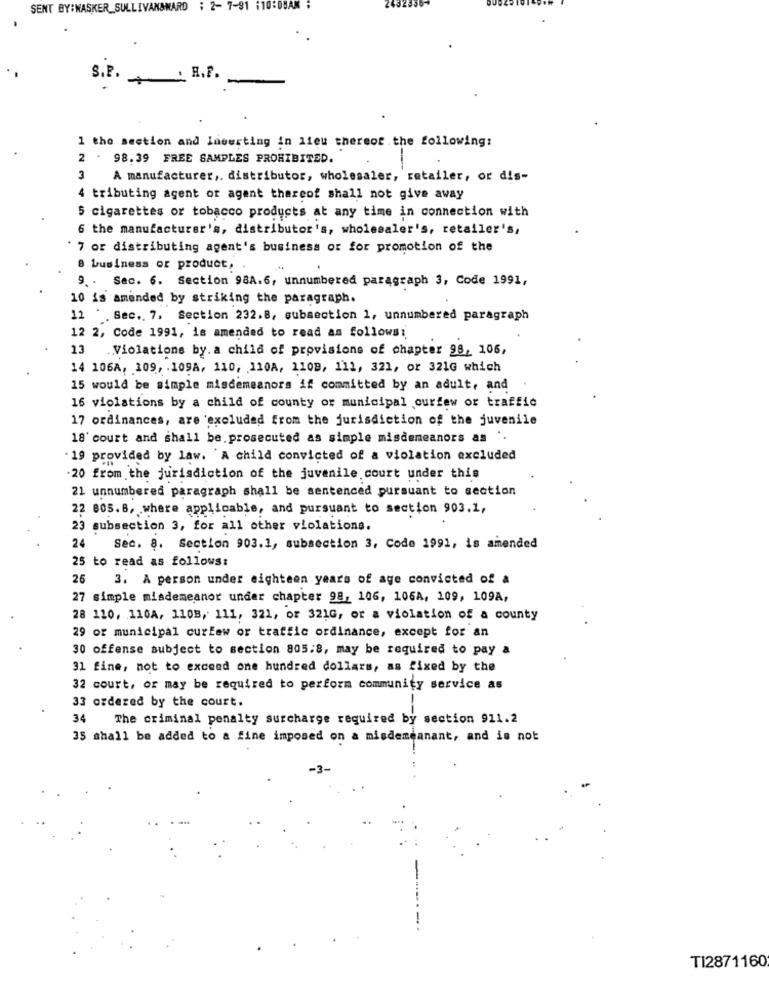
SENT BY:WASKER_SULLIVAN&MARD ; 2- 7-91 110:DBAM ;
S.P. H.P.
1 the section and lowerting in lieu thereof the following:
2 . 98.39 FREE SAMPLES PROHIBITED.
3
A manufacturer ,. distributor, wholesaler, retailer, or dis-
4 tributing agent or agent thereof shall not give away
5 cigarettes or tobacco products at any time in connection with
6 the manufacturer's, distributor's, wholesaler's, retailer's,
` 7 or distributing agent's business or for promotion of the
8 business or product,
9. . Sac. 6. Section 98A.6, unnumbered paragraph 3, Code 1991,
10 is amended by striking the paragraph.
12 'Sec .. 7. Section 232.8, subsection 1, unnumbered paragraph
12 2, Code 1991, is amended to read as follows:
13
Violations by. a child of provisions of chapter 98, 106,
14 106A, 109, 109A, 110, 110A, 1108, 111, 321, or 321G which
15 would be simple misdemeanors if committed by an adult, and
16 violations by a child of county or municipal ourfew or traffic
17 ordinances, are excluded from the jurisdiction of the juvenile
18' court and shall be.prosecuted as simple misdemeanors as ".
19 provided by law. A child convicted of a violation excluded
20 from the jurisdiction of the juvenile court under this
21 unnumbered paragraph shall be sentenced pursuant to section
22 805.8, where applicable, and pursuant to section 903.1,
23 subsection 3, for all other violations.
24
Sec. 8. Section 903.1, subsection 3, Code 1991, is amended
25 to read as follows:
26
3. A person under eighteen years of age convicted of a
27 simple misdemeanor under chapter 98, 106, 106A, 109, 109A,
28 110, 110A, 1108, 111, 321, or 321G, or a violation of a county
29 or municipal curlew or traffic ordinance, except for an
30 offense subject to section 805.8, may be required to pay a
31 fine, not to exceed one hundred dollars, as fixed by the
32 court, or may be required to perform community service as
33 ordered by the court.
-
34
The criminal penalty surcharge required by section 911.2
35 shall be added to a fine imposed on a misdemeanant, and is not
-
-----
TI2871160